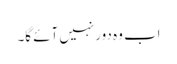
اب وہ دور نہیں آئے گا۔